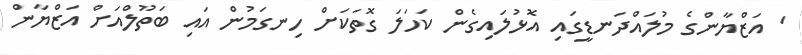
' އަޒްޔާންގެ މުލައްދަނޑީގައި އޮޅުލައިގެން ކަހަލަ ގޮތަކަށް ހިނގަމުން އައި ބަތޫލްއަށް އަޒްޔާން